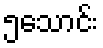
၅သောင်း